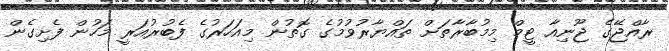
ރާއްޖޭގެ ޖޫނިއާ ޓީމް މިމުބާރާތަށް ތައްޔާރުވުމުގެ ގޮތުން މިއަހަރުގެ ފެބުރުއަރީ މަހުން ފެށިގެން